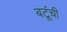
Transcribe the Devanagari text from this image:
बटूंची